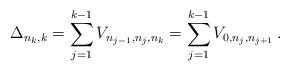
LaTeX: \begin{align*}\Delta_{n_k,k} = \sum_{j=1}^{k-1} V_{n_{j-1},n_j,n_k} = \sum_{j=1}^{k-1} V_{0,n_j,n_{j+1}} \,.\end{align*}